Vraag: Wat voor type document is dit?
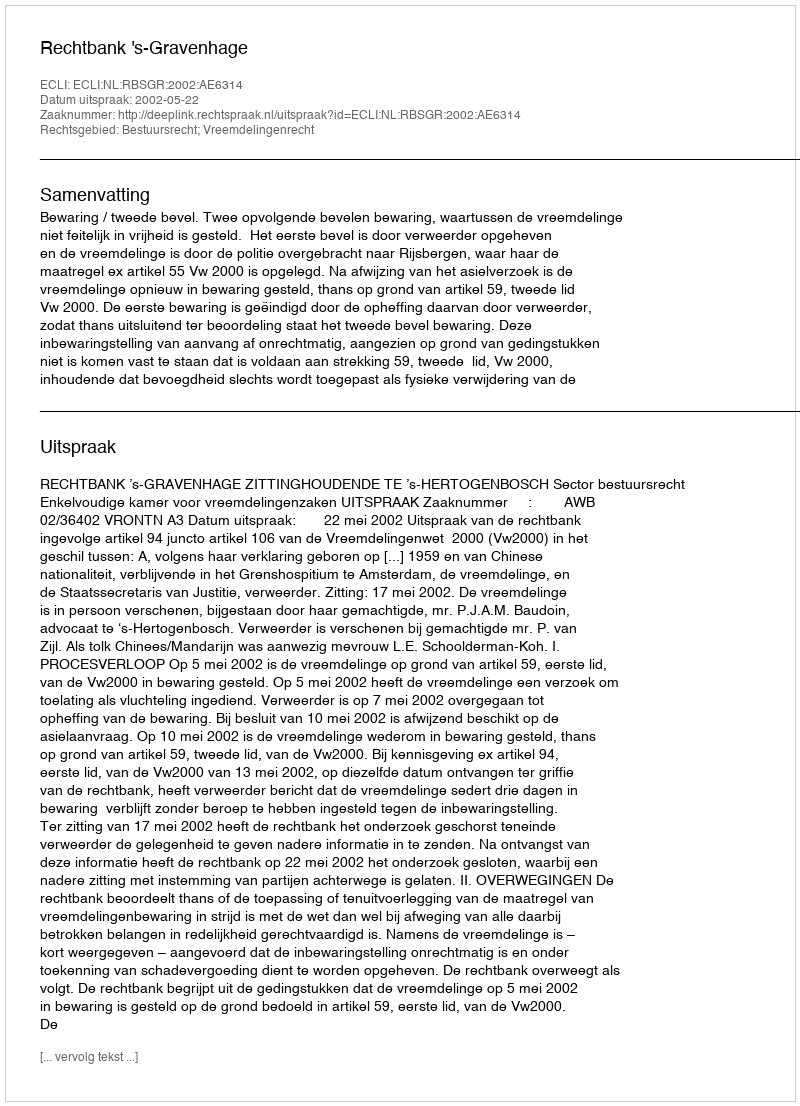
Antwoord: Uitspraak